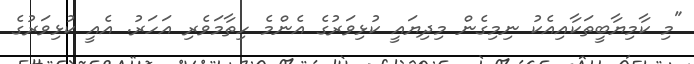
"މި ކާމިޔާބީތަކާއިއެކު ނިމިގެން މިދިޔައީ ކުޅިވަރުގެ އެންމެ ހިތާމަވެރި އަހަރު. އެއީ ކުޅިވަރުގެ